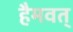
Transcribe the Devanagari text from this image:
हैमवत्